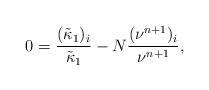
LaTeX: \begin{align*}0=\frac{(\tilde{\kappa}_1)_i}{\tilde{\kappa}_1}-N\frac{(\nu^{n+1})_i}{\nu^{n+1}},\end{align*}